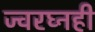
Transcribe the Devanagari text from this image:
ज्वरघ्नही